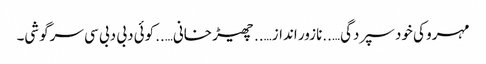
مہرو کی خود سپردگی…..نازور انداز…..چھیڑ خانی…..کوئی دبی دبی سی سرگوشی۔